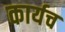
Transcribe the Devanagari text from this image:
कार्यच